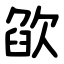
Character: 欿